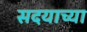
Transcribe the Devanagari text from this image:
सदयाच्या